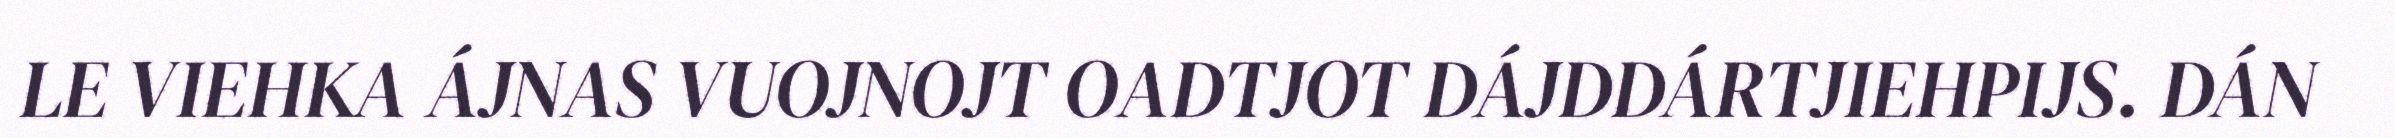
LE VIEHKA ÁJNAS VUOJNOJT OADTJOT DÁJDDÁRTJIEHPIJS. DÁN